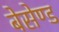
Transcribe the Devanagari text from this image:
बेसेण्ड